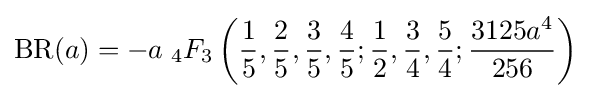
\operatorname {BR} (a)=-a\;{}_{4}F_{3}\left({\frac {1}{5}},{\frac {2}{5}},{\frac {3}{5}},{\frac {4}{5}};{\frac {1}{2}},{\frac {3}{4}},{\frac {5}{4}};{\frac {3125a^{4}}{256}}\right)